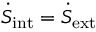
\dot { S } _ { \mathrm { i n t } } = \dot { S } _ { \mathrm { e x t } }